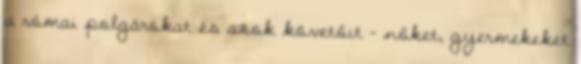
a római polgárokat és azok követőit - nőket, gyermekeket